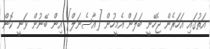
އަތުގައި އަހަރެން ޖެހޭނީ ބަލަން އެމީހުން [އާސެނަލް] އިން ބޭނުން ވަނީ ކޮން